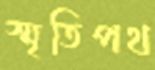
স্মৃতিপথ